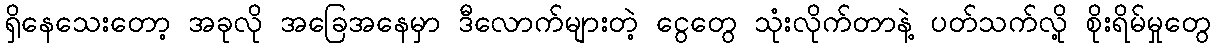
ရှိနေသေးတော့ အခုလို အခြေအနေမှာ ဒီလောက်များတဲ့ ငွေတွေ သုံးလိုက်တာနဲ့ ပတ်သက်လို့ စိုးရိမ်မှုတွေ